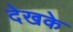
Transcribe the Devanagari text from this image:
देखके